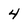
Character: 4